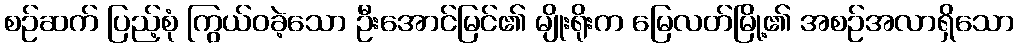
စဉ်ဆက် ပြည့်စုံ ကြွယ်ဝခဲ့သော ဦးအောင်မြင်၏ မျိုးရိုးက မြေလတ်မြို့၏ အစဉ်အလာရှိသော